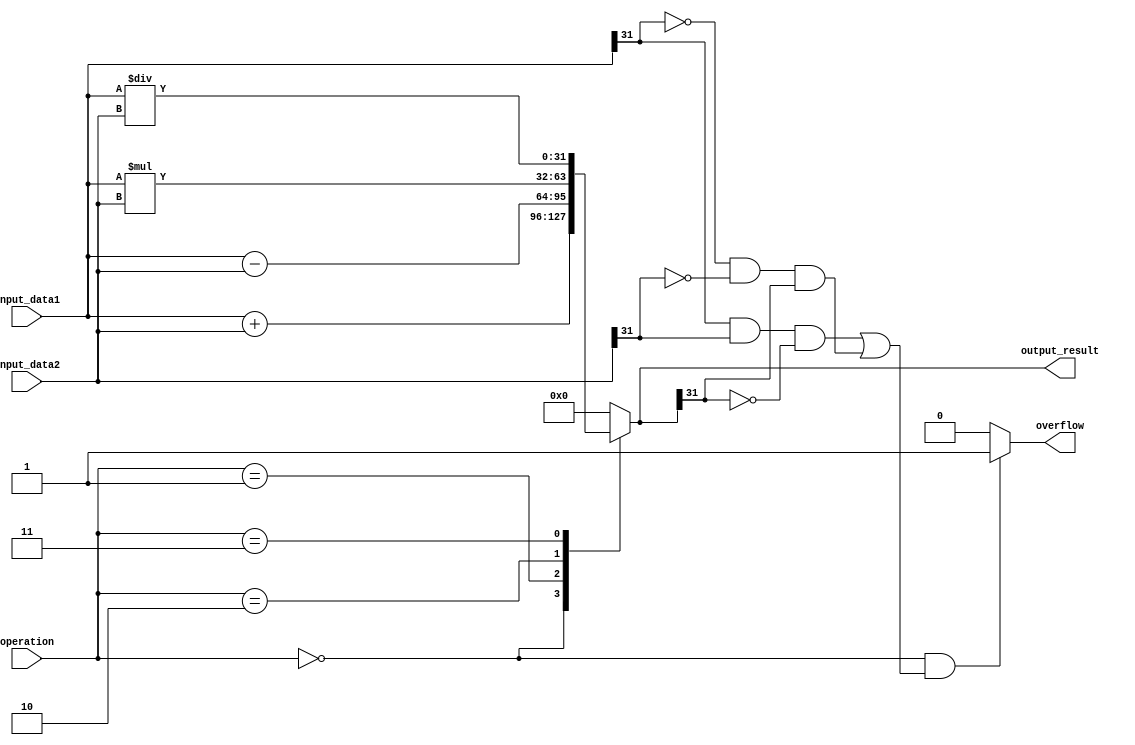
module ALU (
    input wire [31:0] input_data1,
    input wire [31:0] input_data2,
    input wire [2:0] operation,
    output reg [31:0] output_result,
    output reg overflow
);

always @(*) begin
    case(operation)
        3'b000: output_result = input_data1 + input_data2; // addition
        3'b001: output_result = input_data1 - input_data2; // subtraction
        3'b010: output_result = input_data1 * input_data2; // multiplication
        3'b011: output_result = input_data1 / input_data2; // division
        default: output_result = 32'b0; // default case
    endcase
    
    // Overflow detection logic
    if(operation == 3'b000 && ((input_data1[31] && input_data2[31] && !output_result[31]) || (!input_data1[31] && !input_data2[31] && output_result[31]))) begin
        overflow = 1;
    end else begin
        overflow = 0;
    end
end

endmodule